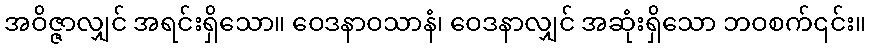
အဝိဇ္ဇာလျှင် အရင်းရှိသော။ ဝေဒနာဝသာနံ၊ ဝေဒနာလျှင် အဆုံးရှိသော ဘဝစက်၎င်း။